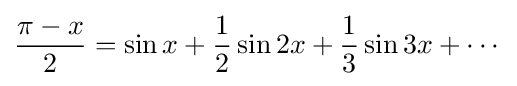
{\frac {\pi -x}{2}}=\sin x+{\frac {1}{2}}\sin 2x+{\frac {1}{3}}\sin 3x+\cdots